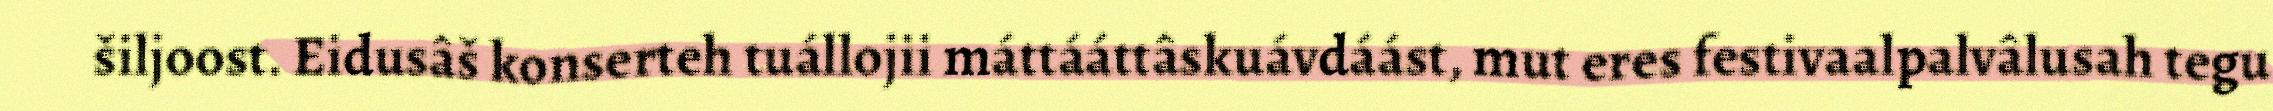
šiljoost. Eidusâš konserteh tuállojii máttááttâskuávdáást, mut eres festivaalpalvâlusah tegu